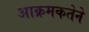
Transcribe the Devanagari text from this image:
आक्रमकतेने